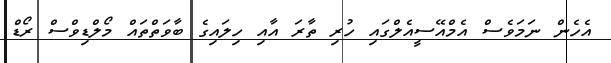
އެހެން ނަމަވެސް އެމްއޭސީއެލްގައި ހުރި ތާރަ އާއި ހިލައިގެ ބާވަތްތައް މޯލްޑިވްސް ރޯޑް